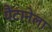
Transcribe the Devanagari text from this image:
पैंटानेला